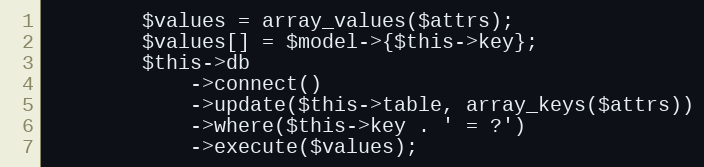
Language: PHP
        $values = array_values($attrs);
        $values[] = $model->{$this->key};
        $this->db
            ->connect()
            ->update($this->table, array_keys($attrs))
            ->where($this->key . ' = ?')
            ->execute($values);